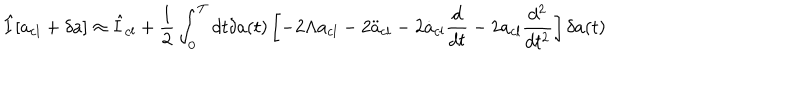
\hat { I } [ a _ { c l } + \delta a ] \approx \hat { I } _ { c l } + \frac { 1 } { 2 } \int _ { 0 } ^ { T } d t \delta a ( t ) \left[ - 2 \Lambda a _ { c l } - 2 \ddot { a } _ { c l } - 2 \dot { a } _ { c l } \frac { d } { d t } - 2 a _ { c l } \frac { d ^ { 2 } } { d t ^ { 2 } } \right] \delta a ( t )